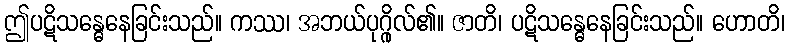
ဤပဋိသန္ဓေနေခြင်းသည်။ ကဿ၊ အဘယ်ပုဂ္ဂိုလ်၏။ ဇာတိ၊ ပဋိသန္ဓေနေခြင်းသည်။ ဟောတိ၊